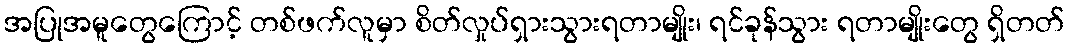
အပြုအမူတွေကြောင့် တစ်ဖက်လူမှာ စိတ်လှုပ်ရှားသွားရတာမျိုး၊ ရင်ခုန်သွား ရတာမျိုးတွေ ရှိတတ်